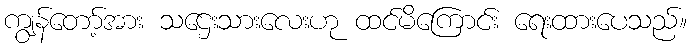
ကျွန်တော့်အား သဌေးသားလေးဟု ထင်မိကြောင်း ရေးထားပေသည်။